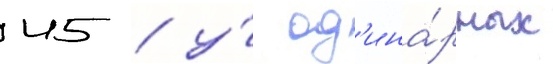
45 / у́ од'ина́рных